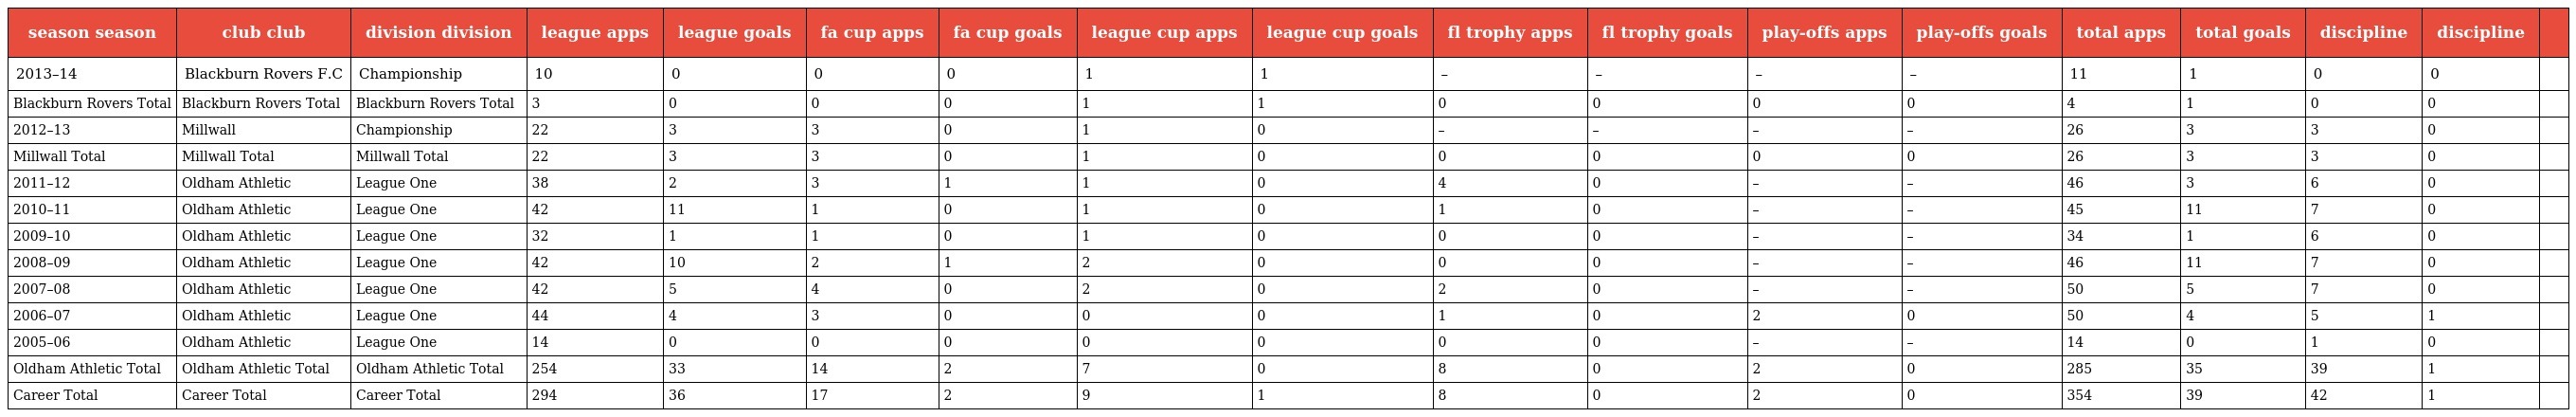
| season season | club club | division division | league apps | league goals | fa cup apps | fa cup goals | league cup apps | league cup goals | fl trophy apps | fl trophy goals | play-offs apps | play-offs goals | total apps | total goals | discipline | discipline |  |
 | --- | --- | --- | --- | --- | --- | --- | --- | --- | --- | --- | --- | --- | --- | --- | --- | --- | --- |
 | 2013–14 | Blackburn Rovers F.C | Championship | 10 | 0 | 0 | 0 | 1 | 1 | – | – | – | – | 11 | 1 | 0 | 0 |  |
 | Blackburn Rovers Total | Blackburn Rovers Total | Blackburn Rovers Total | 3 | 0 | 0 | 0 | 1 | 1 | 0 | 0 | 0 | 0 | 4 | 1 | 0 | 0 |  |
 | 2012–13 | Millwall | Championship | 22 | 3 | 3 | 0 | 1 | 0 | – | – | – | – | 26 | 3 | 3 | 0 |  |
 | Millwall Total | Millwall Total | Millwall Total | 22 | 3 | 3 | 0 | 1 | 0 | 0 | 0 | 0 | 0 | 26 | 3 | 3 | 0 |  |
 | 2011–12 | Oldham Athletic | League One | 38 | 2 | 3 | 1 | 1 | 0 | 4 | 0 | – | – | 46 | 3 | 6 | 0 |  |
 | 2010–11 | Oldham Athletic | League One | 42 | 11 | 1 | 0 | 1 | 0 | 1 | 0 | – | – | 45 | 11 | 7 | 0 |  |
 | 2009–10 | Oldham Athletic | League One | 32 | 1 | 1 | 0 | 1 | 0 | 0 | 0 | – | – | 34 | 1 | 6 | 0 |  |
 | 2008–09 | Oldham Athletic | League One | 42 | 10 | 2 | 1 | 2 | 0 | 0 | 0 | – | – | 46 | 11 | 7 | 0 |  |
 | 2007–08 | Oldham Athletic | League One | 42 | 5 | 4 | 0 | 2 | 0 | 2 | 0 | – | – | 50 | 5 | 7 | 0 |  |
 | 2006–07 | Oldham Athletic | League One | 44 | 4 | 3 | 0 | 0 | 0 | 1 | 0 | 2 | 0 | 50 | 4 | 5 | 1 |  |
 | 2005–06 | Oldham Athletic | League One | 14 | 0 | 0 | 0 | 0 | 0 | 0 | 0 | – | – | 14 | 0 | 1 | 0 |  |
 | Oldham Athletic Total | Oldham Athletic Total | Oldham Athletic Total | 254 | 33 | 14 | 2 | 7 | 0 | 8 | 0 | 2 | 0 | 285 | 35 | 39 | 1 |  |
 | Career Total | Career Total | Career Total | 294 | 36 | 17 | 2 | 9 | 1 | 8 | 0 | 2 | 0 | 354 | 39 | 42 | 1 |  |